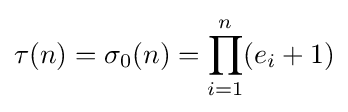
\tau (n)=\sigma _{0}(n)=\prod _{i=1}^{n}(e_{i}+1)